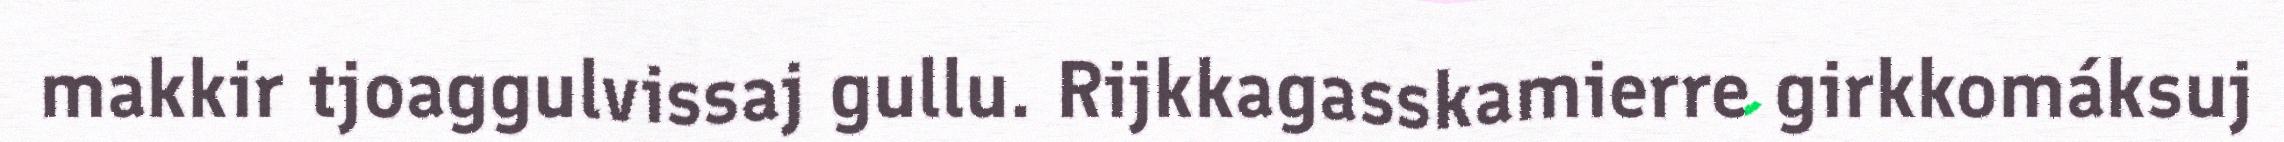
makkir tjoaggulvissaj gullu. Rijkkagasskamierre girkkomáksuj